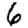
Digit: 6